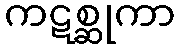
ကဋစ္ဆုကာ